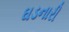
ઘડનારી